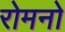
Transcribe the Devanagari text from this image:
रोमनो